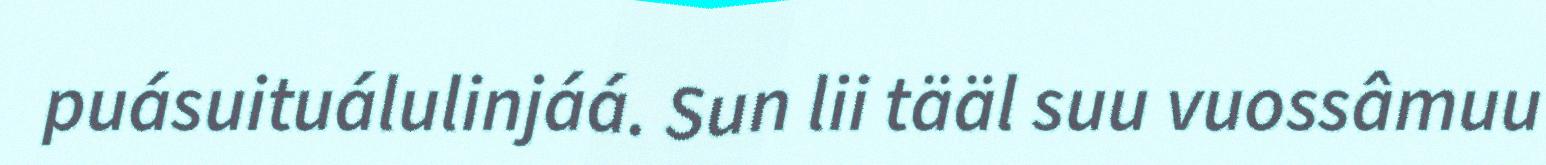
puásuituálulinjáá. Sun lii tääl suu vuossâmuu